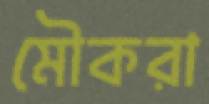
মৌকরা